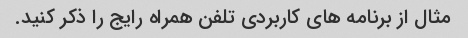
مثال از برنامه های کاربردی تلفن همراه رایج را ذکر کنید.